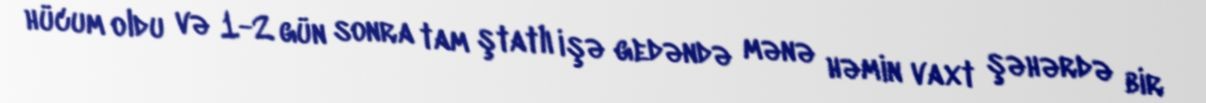
hücum oldu və 1-2 gün sonra tam ştatlı işə gedəndə mənə həmin vaxt şəhərdə bir